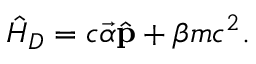
\hat { H } _ { D } = c \vec { \alpha } \hat { \bf p } + \beta m c ^ { 2 } .